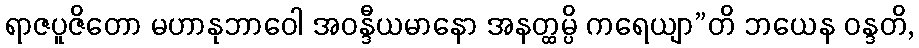
ရာဇပူဇိတော မဟာနုဘာဝေါ အဝန္ဒီယမာနော အနတ္ထမ္ပိ ကရေယျာ”တိ ဘယေန ဝန္ဒတိ,